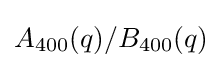
A_{400}(q)/B_{400}(q)